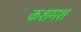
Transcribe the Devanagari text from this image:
कशमश